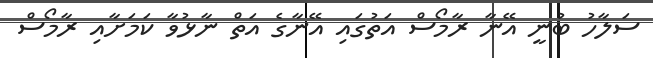
ސަލާހު ބުނީ އޭނާ ރާމޯސް އަތުގައި އޭނާގެ އަތް ނާޅުވާ ކަމަށާއި ރާމޯސް